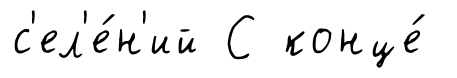
с'ел'е́н'ий С конце́